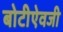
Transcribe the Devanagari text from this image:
बोटीऐवजी